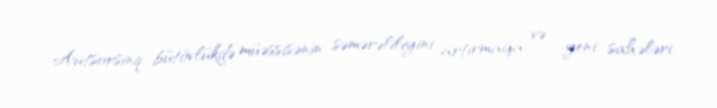
Autsorsinq bütövlükdə müəssisənin səmərəliliyini artırmağa və yeni sahələri